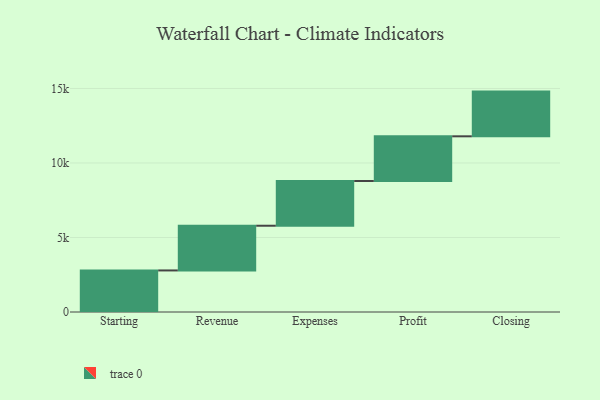
{"axis": {"x": "Step", "y": "Value"}, "legend": [""], "data": [{"x": "Starting", "y": 2789.0, "type": ""}, {"x": "Revenue", "y": 3000, "type": ""}, {"x": "Expenses", "y": 3000, "type": ""}, {"x": "Profit", "y": 3000, "type": ""}, {"x": "Closing", "y": 3000, "type": ""}]}